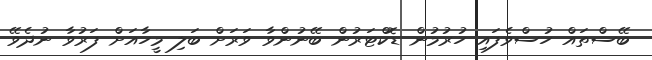
ބޭސްތައް ހުސްވެފައި ހުރުމުން ޑޮކްޓަރުން ބޭނުންވާ ވަރަށް ބަލި މީހާއަށް ފަރުވާ ނުދެވޭ